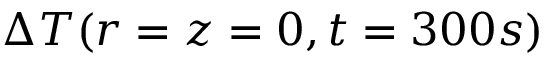
\Delta T ( r = z = 0 , t = 3 0 0 s )